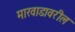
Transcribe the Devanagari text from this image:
मारवाडावरील